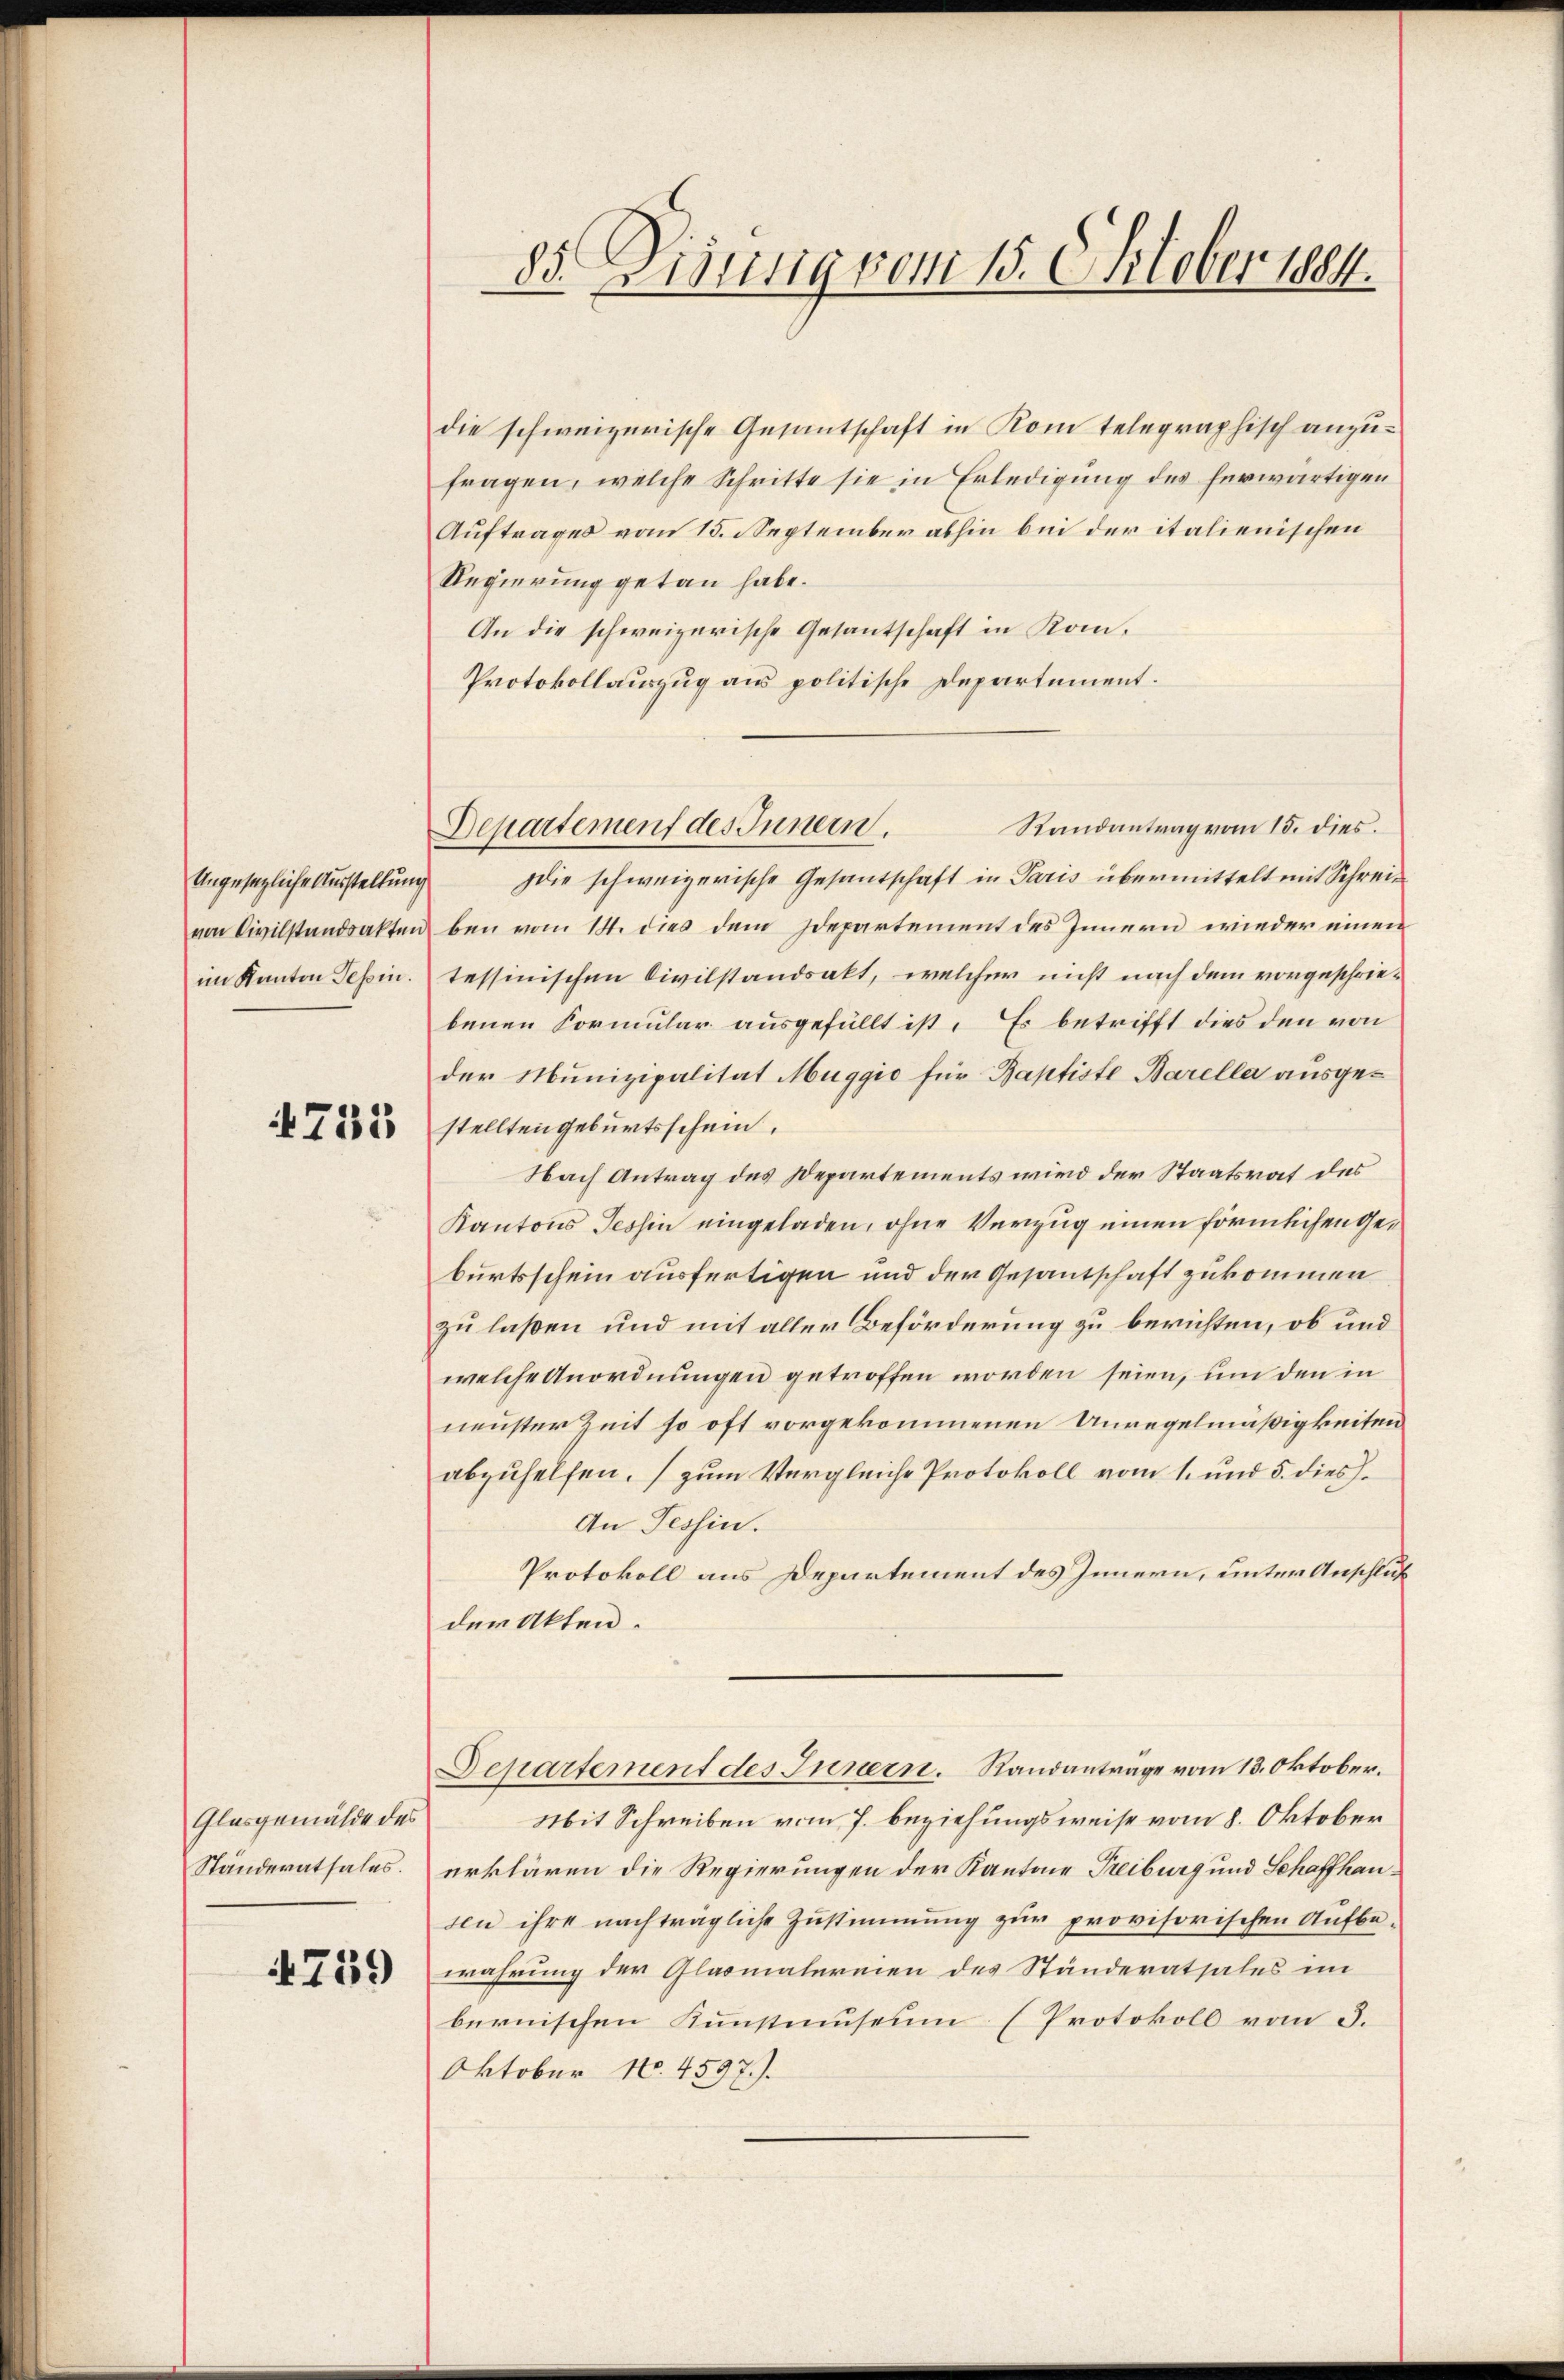
Ungesezliche Ausstellung
von Civilstandsakten
im Kanton Tessin.

753

Glasgemälde des
Ständerathales.

759

85. Disung vom 15. Oktober 1884.

die schweizerische Gesantschaft in Kom telegraphisch anzufragen, welche Schritte sie in Erledigung des herwärtigen
Auftrages vom 15. September abhin bei der italienischen
Regierung getan habe.
An die schweizerische Gesantschaft in Kom¬
Protokollauszug aus politische Departement.
Randantrag vom 15. dies.
Die schweizerische Gesantschaft in Paris übermittelt mit Schreidben vom 14. dies dem Idepartement des Innern wieder einen
tessinischen Civilstandsakt, welcher nicht nach dem vorgeschriebenen Formular ausgefüllt ist. Es betrifft dies den von
der Munizipalität Muggio für Baptiste Barella ausgestellten geburtsschein.
Nach Antrag des Departements wird der Staatsrat des
Kantons Tessin eingeladen, ohne Verzug einen förmlichen Geburtsschein ausfertigen und der Gesantschaft zukommen
zu laßen und mit aller Beförderung zu berichten, ob und
welche Anordnungen getroffen worden seien, um den in
neuster Zeit so oft vorgekommenen Unregelmäßigkeiten
abzuhelfen. (zum Vergleiche Protokoll vom 1. und 5. dies¬
An Tessin.
Protokoll aus Departement des Innern, unter Anschluß
der Akten.
Separtement des Innern. Randantrage vom 13. Oktober.
Mit Schreiben vom 7. beziehungsweise vom 8. Oktober
erklären die Regierungen der Kantone Treiburg und Schaffhausen ihre nachträgliche Zustimmung zur provisorischen Aufbewahrung der Glasmalereien des Ständerathales im
bernischen Kunstmuseum (Protokoll vom 3.
Oktober No. 4597).

Departement des Innern.